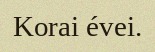
Korai évei.